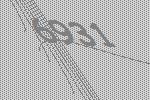
6931